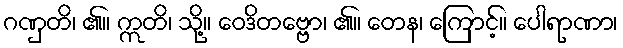
ဂဏှတိ၊ ၏။ ဣတိ၊ သို့။ ဝေဒိတဗ္ဗော၊ ၏။ တေန၊ ကြောင့်။ ပေါရာဏာ၊